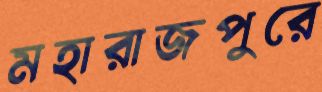
মহারাজপুরে